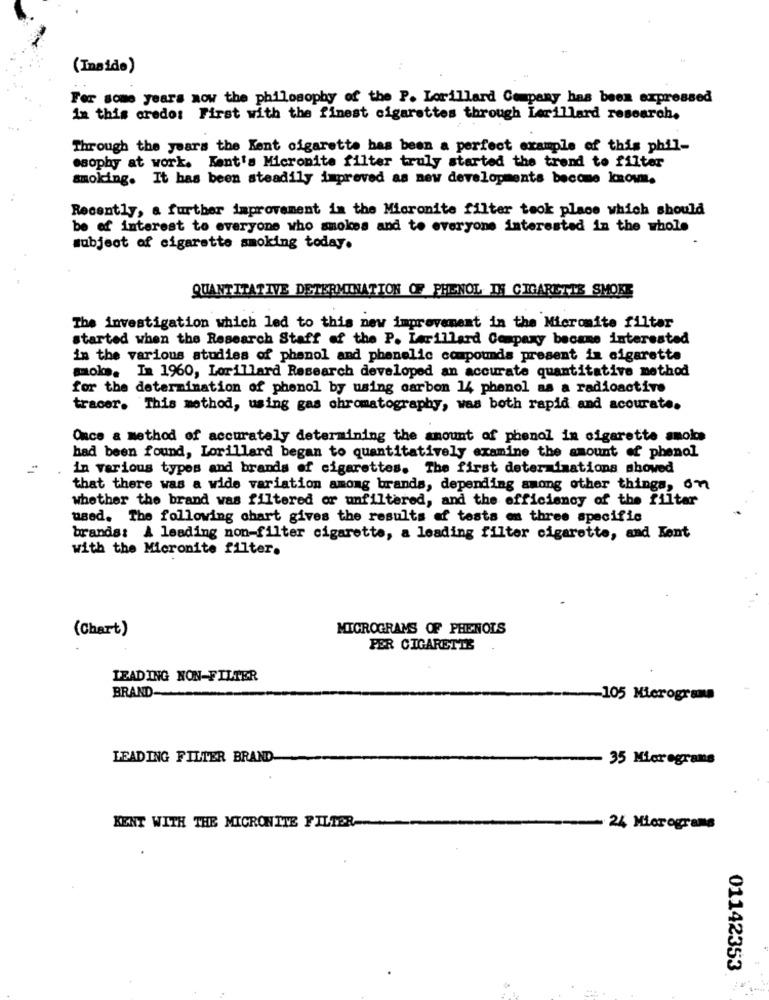
(Inside)
For some years now the philosophy of the P. Lorillard Company has been expressed
in this credo: First with the finest cigarettes through Lorillard research.
Through the years the Kent cigarette has been a perfect example of this phil-
osophy at work. Kant's Micronite filter truly started the trend to filter
smoking. It has been steadily improved as new developments become known.
Recently, a further improvement in the Micronite filter took place which should
be of interest to everyone who smokes and to everyone interested in the whole
subject of cigarette smoking today.
QUANTITATIVE DETERMINATION OF PHENOL IN CIGARETTE SMOKE
The investigation which led to this new improvement in the Microsite filter
started when the Research Staff of the P. Lorillard Company became interested
in the various studies of phenol and phenolic compounds present in cigarette
moks. In 1960, Lorillard Research developed an accurate quantitative method
for the determination of phenol by using carbon 14 phenol as a radioactive
tracer. This method, using gas chromatography, was both rapid and accurate.
Once & method of accurately determining the amount of phenol in cigarette smoke
had been found, Lorillard began to quantitatively examine the amount of phenol
in various types and brands of cigarettes. The first determinations showed
that there was a wide variation among brands, depending among other things, on
whether the brand was filtered or unfiltered, and the efficiency of the filter
used. The following chart gives the results of tests on three specific
brands: A leading non-filter cigarette, a leading filter cigarette, and Kent
with the Micronite filter.
(Chart)
MICROGRAMS OF PHENOLS
PER CIGARETTE
LEADING NON-FILTER
BRAND-
-105 Micrograms
LEADING FILTER BRAND
35 Micregrans
KENT WITH THE MICRONITE FILTER
. 24 Micrograms
01142353